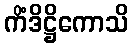
ကိံဒိဋ္ဌိကောသိ